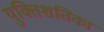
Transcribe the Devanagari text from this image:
युक्तिशतिका